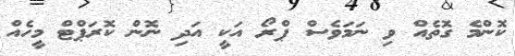
ކޮންމެ ގޮތެއް ވި ނަމަވެސް ޕްރޯ އަކީ އަދި ނޮން ކޮރަޕްޓް މީހެއް